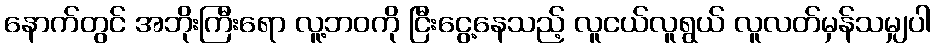
နောက်တွင် အဘိုးကြီးရော လူ့ဘဝကို ငြီးငွေ့နေသည့် လူငယ်လူရွယ် လူလတ်မှန်သမျှပါ